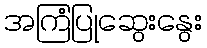
အကြံပြုဆွေးနွေး